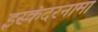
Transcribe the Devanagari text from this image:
इस्कंदरनामा